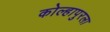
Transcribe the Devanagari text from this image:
कोल्हापुरला